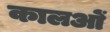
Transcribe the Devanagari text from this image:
कालओं